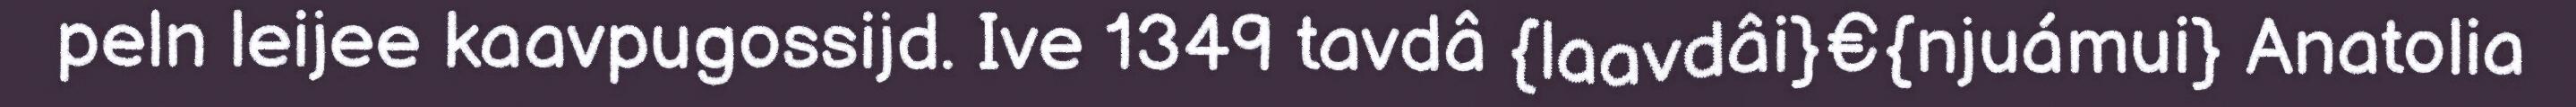
peln leijee kaavpugossijd. Ive 1349 tavdâ {laavdâi}€{njuámui} Anatolia